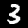
Digit: 3